Scottish Leaving Certificate Examination, 1960
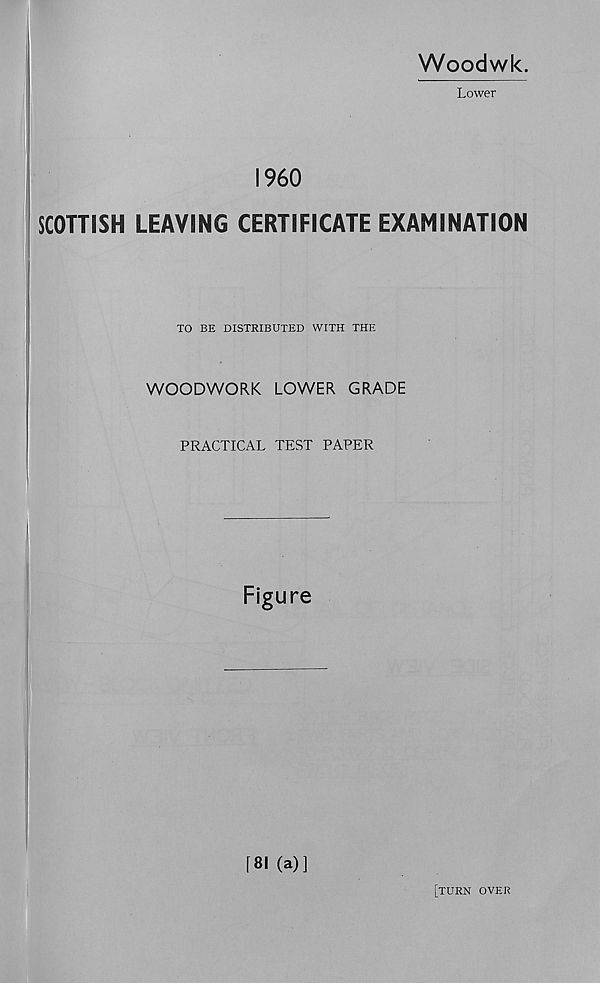
Woodwk.
Lower
I960
SCOTTISH LEAVING CERTIFICATE EXAMINATION
TO BE DISTRIBUTED WITH THE
WOODWORK LOWER GRADE
PRACTICAL TEST PAPER
Figure
[81 (a)]
[turn over